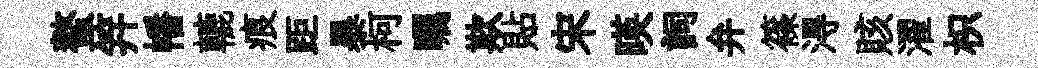
螯笄幡轆痕距暴柯瞩欺貼宋暎詞弁篠淂賅濯枳